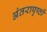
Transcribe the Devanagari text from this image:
अंतरापृष्ठों